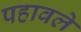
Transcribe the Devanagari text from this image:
पहावले